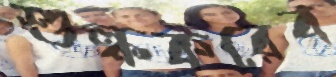
শুল্ককরের